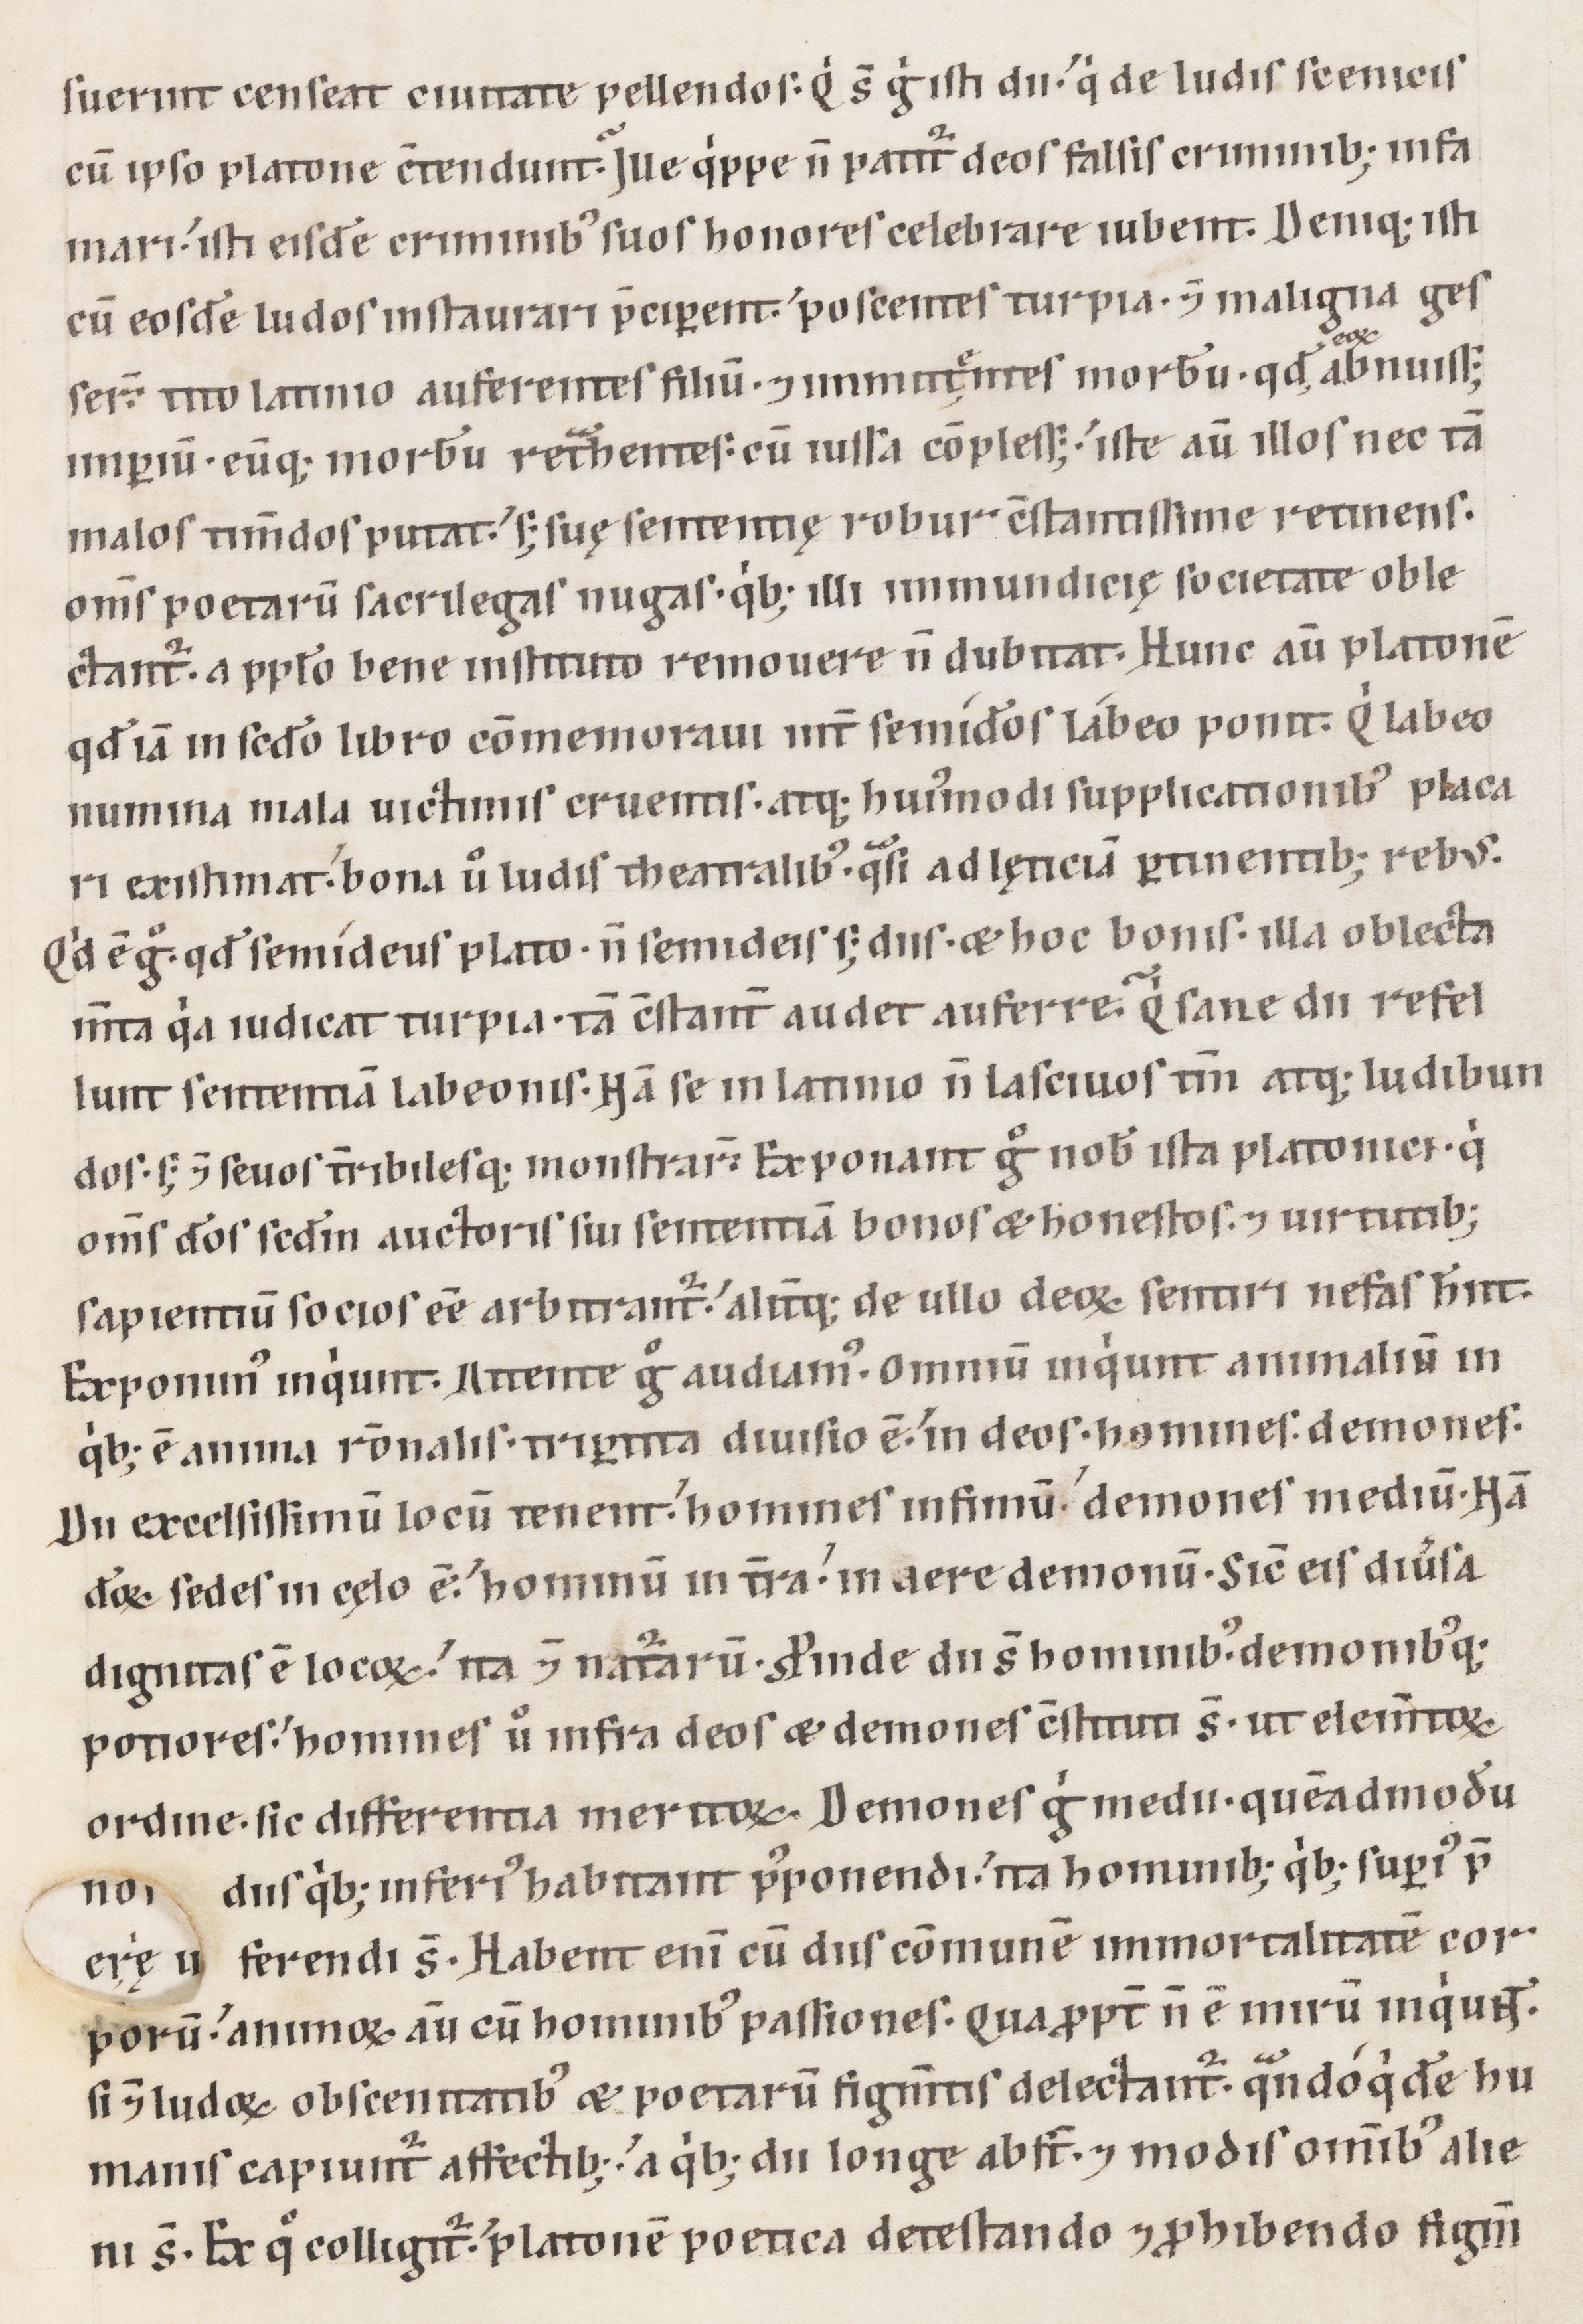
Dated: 1100–1199